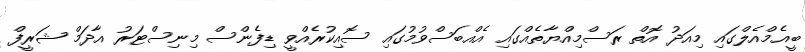
ބީއެމްއެލްގައި މިއަދު އޮތް ރަސްމިއްޔާތެއްގައި އެއްބަސްވުމުގައި ސޮއިކުރެއްވީ ޑިފެންސް މިނިސްޓަރު އާދަމް ޝަރީފް